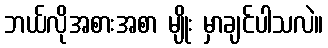
ဘယ်လိုအစားအစာ မျိုး မှာချင်ပါသလဲ။